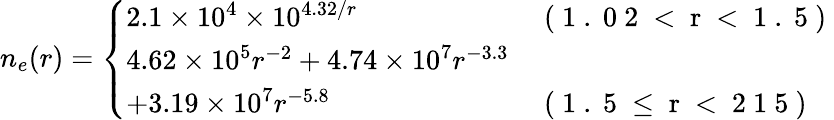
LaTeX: n_{e}(r)=\left\{ \begin{array}{ll}{2.1\times 10^{4}\times 10^{4.32/r}}&{\mathrm{~(~1~.~0~2~<~r~<~1~.~5~)~}}\\ {4.62\times 10^{5}r^{-2}+4.74\times 10^{7}r^{-3.3}}\\ {+3.19\times 10^{7}r^{-5.8}}&{\mathrm{~(~1~.~5~\leq~r~<~2~1~5~)~}}\end{array}\right.